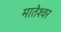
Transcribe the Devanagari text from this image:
मातेश्वर